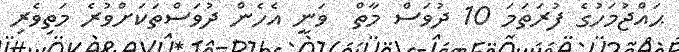
ޙައްޖުމަހުގެ ފުރަތަމަ 10 ދުވަސް މާތް  ވަނީ އެހެން ދުވަސްތަކަށްވުރެ މަތިވެރި